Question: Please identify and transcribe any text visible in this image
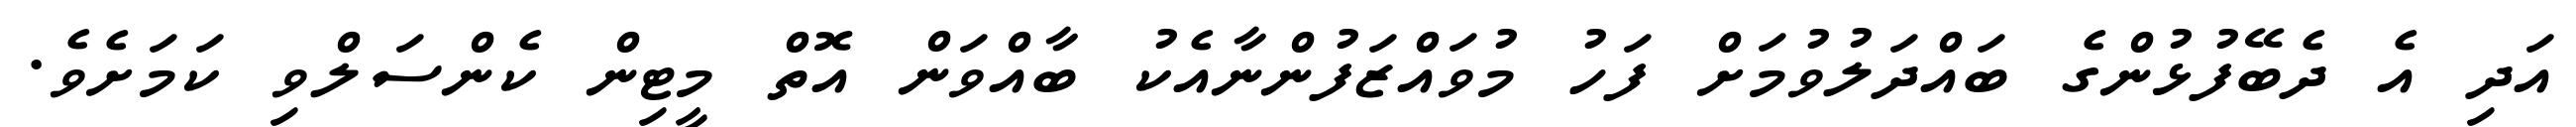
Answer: އަދި އެ ދެބޭފުޅުންގެ ބައްދަލުވުމަށް ފަހު މުވައްޒަފުންނާއެކު ބާއްވަން އޮތް މީޓިން ކެންސަލްވި ކަމަށެވެ.